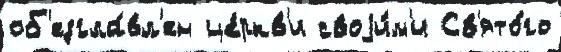
об'езгла́вл'ен це́ркв'и своjи́м'и Св'ято́го